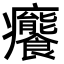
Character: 𤼛